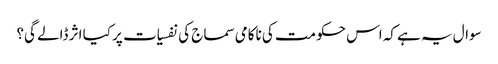
سوال یہ ہے کہ اس حکومت کی ناکامی سماج کی نفسیات پر کیا اثر ڈالے گی؟